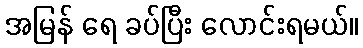
အမြန် ရေ ခပ်ပြီး လောင်းရမယ်။